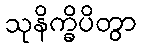
သုနိက္ခိပိတွာ